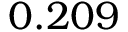
0 . 2 0 9